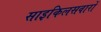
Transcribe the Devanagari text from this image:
साइकिलसवारों